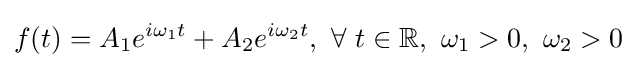
f(t)=A_{1}e^{i\omega _{1}t}+A_{2}e^{i\omega _{2}t},\ \forall \ t\in \mathbb {R} ,\ \omega _{1}>0,\ \omega _{2}>0